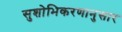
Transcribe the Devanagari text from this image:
सुशोभिकरणानुसार